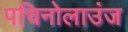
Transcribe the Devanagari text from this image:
पचिनोलाउंज